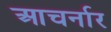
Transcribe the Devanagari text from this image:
आचर्नार